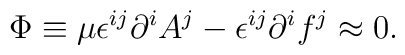
\Phi \equiv \mu \epsilon ^{ij}\partial ^iA^j -\epsilon ^{ij}\partial ^if^j \approx 0.